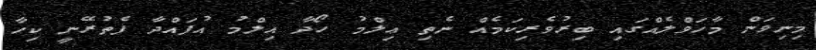
މިނިވަން މާހަވްލެއްގައި ބިރުވެރިކަމެއް ނެތި ޢިލްމު ހޯދާ އިލްމު އުފައްދާ ފެތުރޭނީ ކިހާ